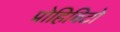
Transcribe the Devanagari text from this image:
प्रोहिबिटो